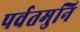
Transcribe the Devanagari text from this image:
पर्वतमुनि